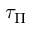
\tau _ { \Pi }